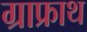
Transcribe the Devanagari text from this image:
ग्राफ्राथ